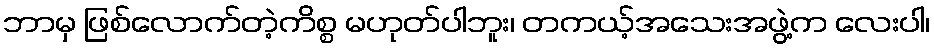
ဘာမှ ဖြစ်လောက်တဲ့ကိစ္စ မဟုတ်ပါဘူး၊ တကယ့်အသေးအဖွဲ့က လေးပါ၊